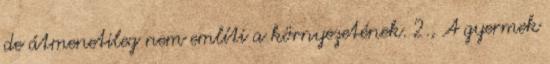
de átmenetileg nem említi a környezetének. 2., A gyermek